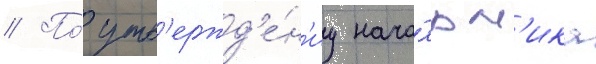
// По́ утв'ержд'е́н'иу нача́льн'ика